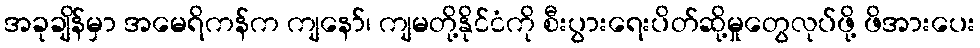
အခုချိန်မှာ အမေရိကန်က ကျနော်၊ ကျမတို့နိုင်ငံကို စီးပွားရေးပိတ်ဆို့မှုတွေလုပ်ဖို့ ဖိအားပေး